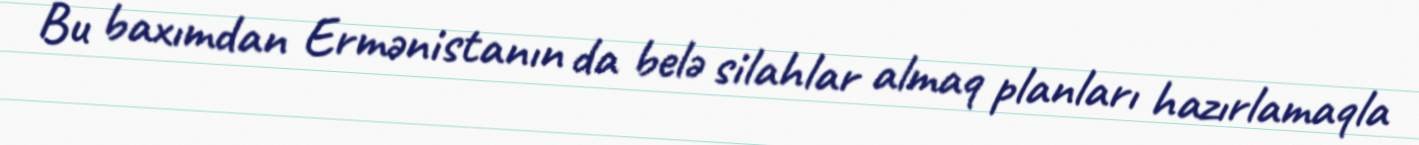
Bu baxımdan Ermənistanın da belə silahlar almaq planları hazırlamaqla